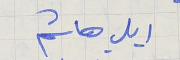
ايلي هاشم